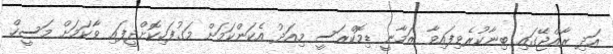
އަދި ރާއްޖޭގައި ބިނާކުރެވިފައިވާ ޒަމާނީ ޑިމޮކްރަސީ މިއަދު އެކަންކަމަށް މަގުފަހިކޮށްދީފައި ވާކަމަށް މަސީހް